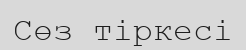
Сөз тіркесі